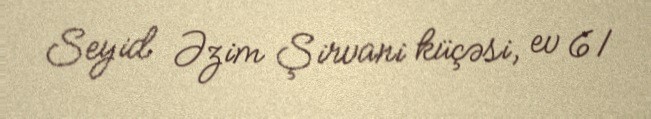
Seyid Əzim Şirvani küçəsi, ev 61